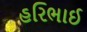
હરિભાઈ